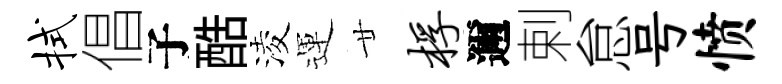
拭倡子酷淩運廿桴邇剌怠号愤